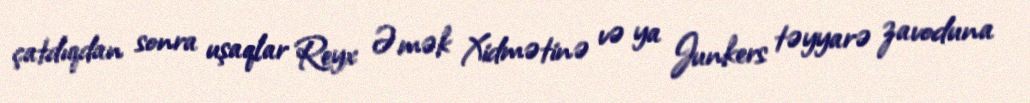
çatdıqdan sonra uşaqlar Reyx Əmək Xidmətinə və ya Junkers təyyarə zavoduna